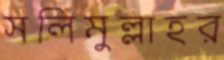
সলিমুল্লাহর